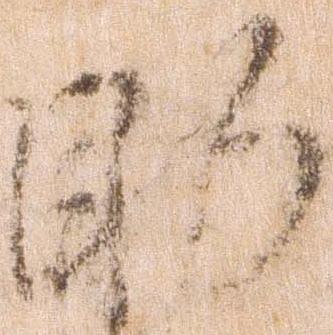
助